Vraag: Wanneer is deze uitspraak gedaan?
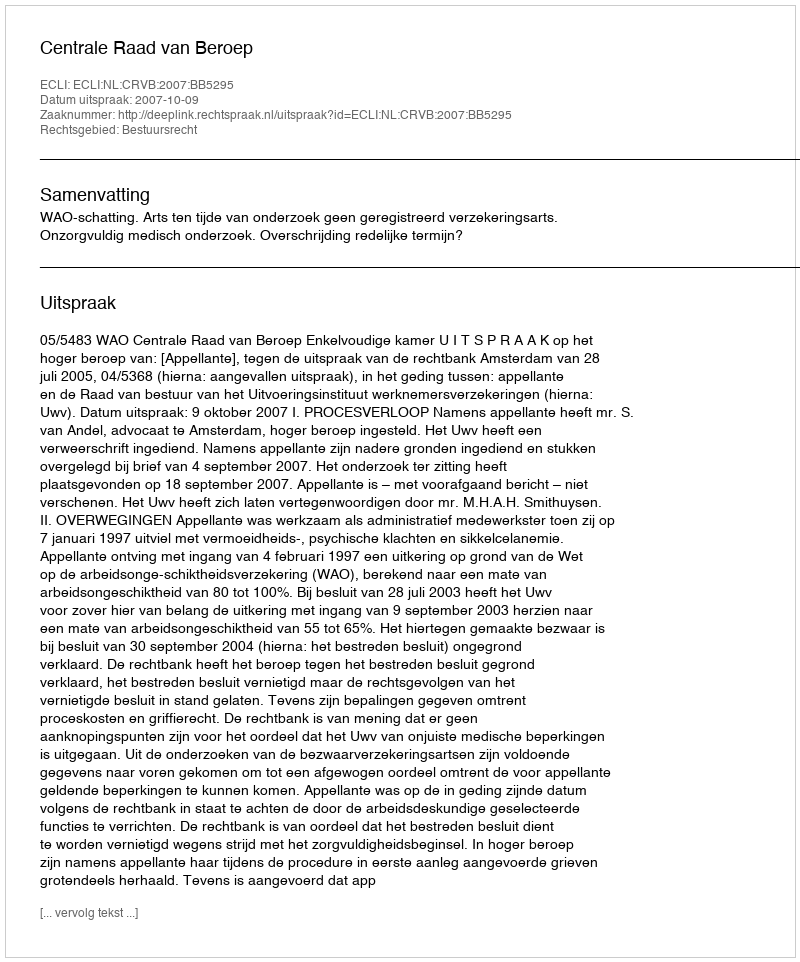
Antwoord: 2007-10-09